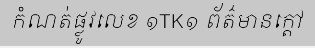
កំណត់ផ្លូវលេខ ១TK១ ព័ត៌មានក្តៅ